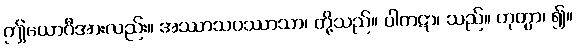
ဤယောဂီအားလည်း။ အဿာသပဿာသာ၊ တို့သည်။ ပါကဋာ၊ သည်။ ဟုတွာ၊ ၍။